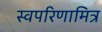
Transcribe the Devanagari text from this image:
स्वपरिणामित्र